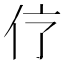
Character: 𠆼